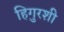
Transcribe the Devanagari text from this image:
हिगुरशी